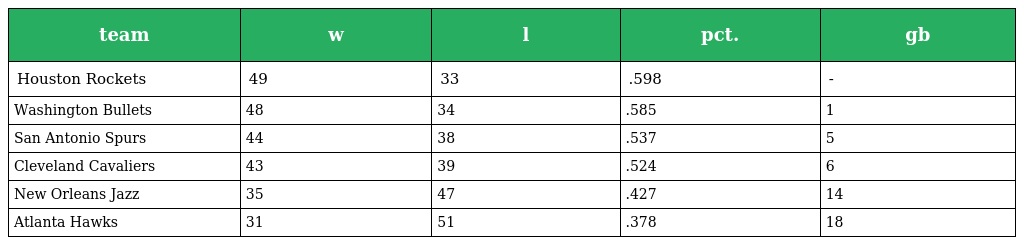
| team | w | l | pct. | gb |
 | --- | --- | --- | --- | --- |
 | Houston Rockets | 49 | 33 | .598 | - |
 | Washington Bullets | 48 | 34 | .585 | 1 |
 | San Antonio Spurs | 44 | 38 | .537 | 5 |
 | Cleveland Cavaliers | 43 | 39 | .524 | 6 |
 | New Orleans Jazz | 35 | 47 | .427 | 14 |
 | Atlanta Hawks | 31 | 51 | .378 | 18 |